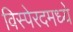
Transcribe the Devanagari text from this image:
विस्पेरदमध्ये